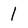
Character: 1